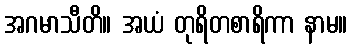
အဂမာသီတိ။ အယံ တုရိတစာရိကာ နာမ။